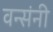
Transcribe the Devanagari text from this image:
वन्संनी